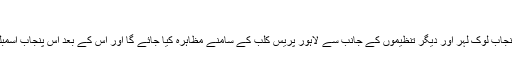
”
ماں بولی کے عالمی دن کے حوالے سے 21 فروری کو پنجابی پرچار، پنجابی ادبی بورڈ، پنجاب لوک لہر اور دیگر تنظیموں کے جانب سے لاہور پریس کلب کے سامنے مظاہرہ کیا جائے گا اور اس کے بعد اس پنجاب اسمبلی تک ریلی نکالی جائے گی جس میں خود پنجابی میں کارروائی چلانے پر پابندی عائد ہے۔